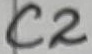
Text: 4.7KΩ